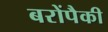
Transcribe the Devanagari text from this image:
बरोंपैकी